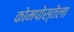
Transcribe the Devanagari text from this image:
कोमपोस्तेला